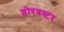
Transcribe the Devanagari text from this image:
डोरबस्टर